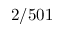
2 / 5 0 1